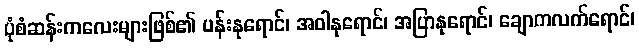
ပုံစံဆန်းကလေးများဖြစ်၏ ပန်းနုရောင်၊ အဝါနုရောင်၊ အပြာနုရောင်၊ ချောကလက်ရောင်၊